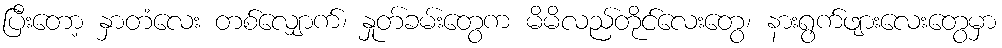
ပြီးတော့ နှာတံလေး တစ်လျှောက်၊ နှုတ်ခမ်းတွေက မိမိလည်တိုင်လေးတွေ၊ နားရွက်ဖျားလေးတွေမှာ